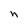
Character: n